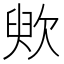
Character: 䶾